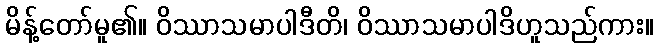
မိန့်တော်မူ၏။ ဝိဿာသမာပါဒီတိ၊ ဝိဿာသမာပါဒိဟူသည်ကား။